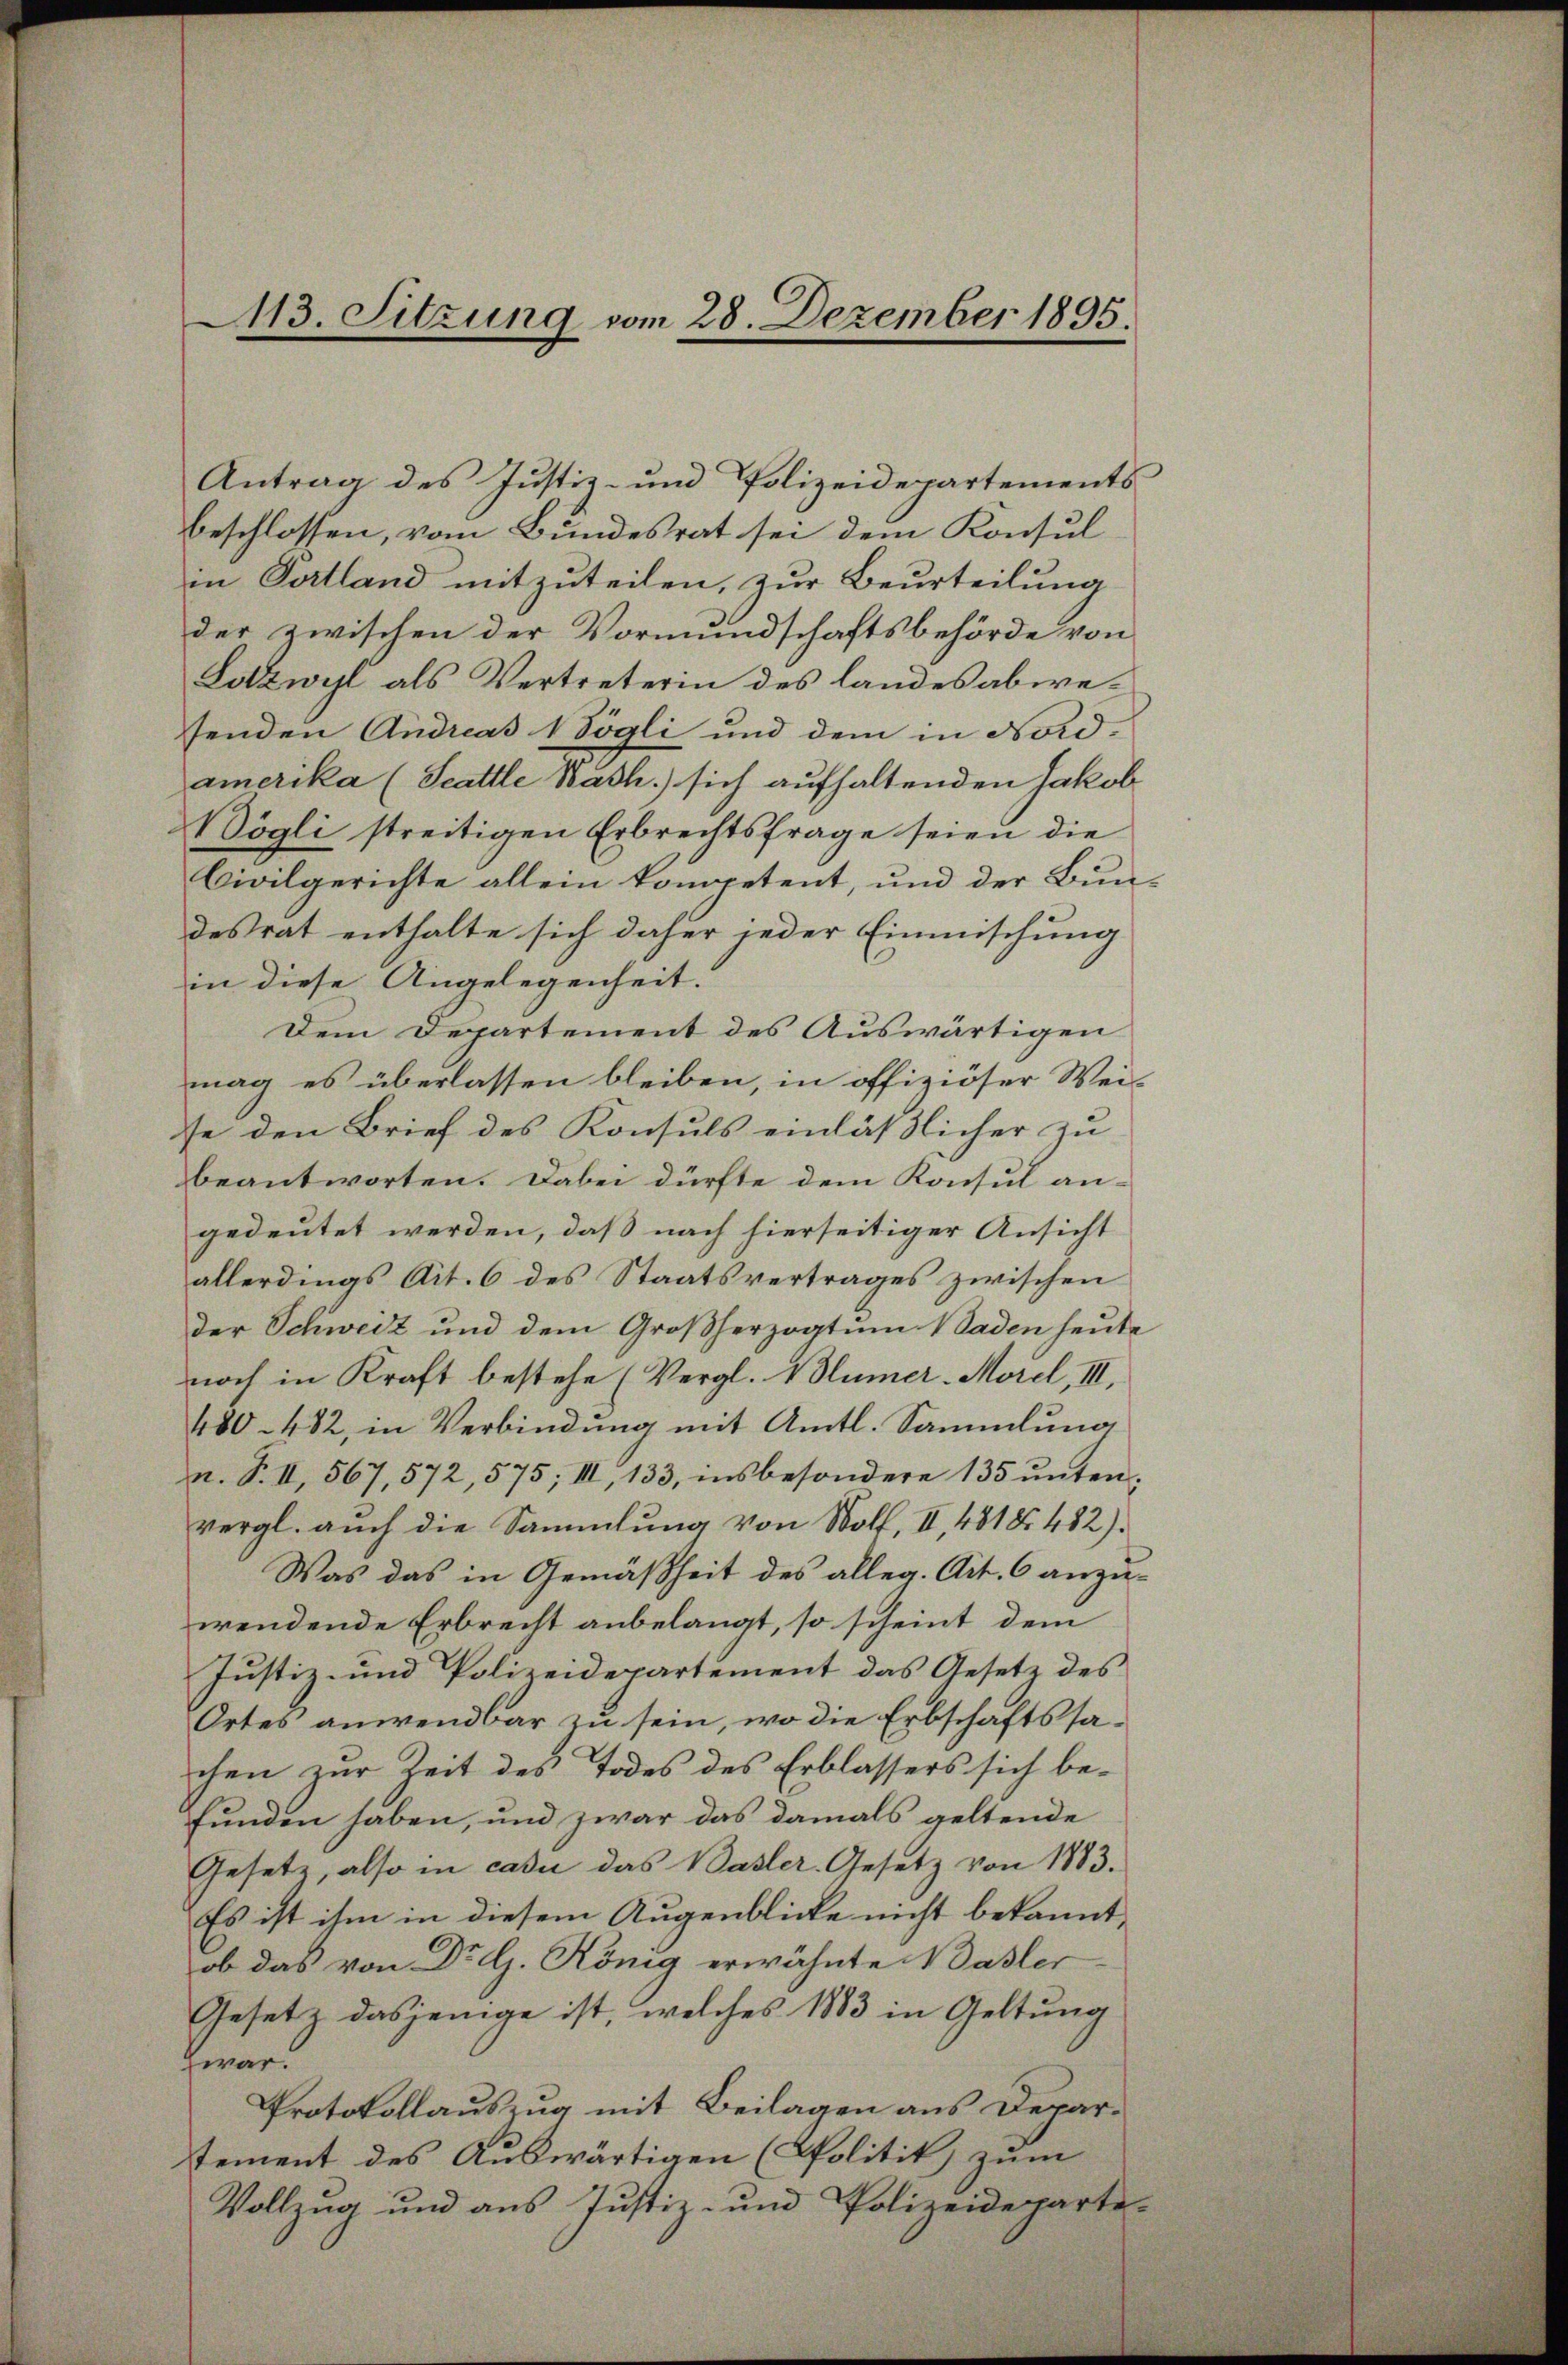
113. Sitzung vom 28. Dezember 1895.

Antrag des Justiz- und Polizeidepartements
beschlossen, vom Bundesrat sei dem Konsul
in Portland mitzuteilen, zur Beurteilung
der zwischen der Vormundschaftsbehörde von
Lotzwyl als Vertreterin des landes abwesenden Andreas Soali und dem in Nordamerika (Stattle Bash.) sich aufhaltenden Jakob
Vögli streitigen Erbrechtsfrage seien die
Civilgerichte allein kompetent, und der Bun-
desrat enthalte sich daher jeder Einmischung
in diese Angelegenheit.
Dem Departement des Auswärtigen
mag es überlassen bleiben, in offiziöser Weise den Brief des Konsuls einläßlicher zu
beantworten. Dabei dürfte dem Konsul an-
gedeutet werden, daß nach hierseitiger Ansicht
allerdings Ait. 6 des Staatsvertrages zwischen
der Schweiz und dem Großherzogtum Baden heute
noch in Kraft bestehe (Vergl. N Blümer-Morel, III.
480-482, in Verbindung mit Amtl. Sammlung
n. F. II, 567,572, 575; III, 133, insbesondere 135 untenvergl. auch die Sammlung von Wolf, II 4818. 482).
Was das in Gemäßheit des alleg. Art. 6 anzu-
wendende Erbrecht anbelangt, so scheint dem
Justiz- und Polizeidepartement das Gesetz des
Ortes anwendbar zu sein, wo die Erbschaftssachen zur Zeit des Todes des Erblassers sich befunden haben, und zwar das damals geltende
Gesetz, also in casi das Basler-Gesetz von 1883.
Es ist ihm in diesem Augenblicke nicht bekannt,
ob das von Dr G. König erwähnte Basler
Gesetz dasjenige ist, welches 1883 in Geltung
war.
Protokollauszug mit Beilagen aus Deparstement des Auswärtigen (Politik zum
Vollzug und aus Justiz- und Polizeideparte-